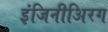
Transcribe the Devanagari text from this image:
इंजिनीअिरग